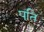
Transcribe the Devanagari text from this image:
पति